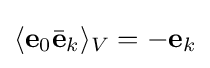
\langle \mathbf {e} _{0}{\bar {\mathbf {e} }}_{k}\rangle _{V}=-\mathbf {e} _{k}